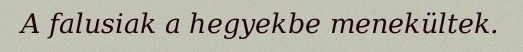
A falusiak a hegyekbe menekültek.